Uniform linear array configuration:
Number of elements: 16
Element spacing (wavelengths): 0.25
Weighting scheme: cosine
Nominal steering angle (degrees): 45
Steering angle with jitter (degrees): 45.181
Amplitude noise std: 0.05
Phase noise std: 0.05

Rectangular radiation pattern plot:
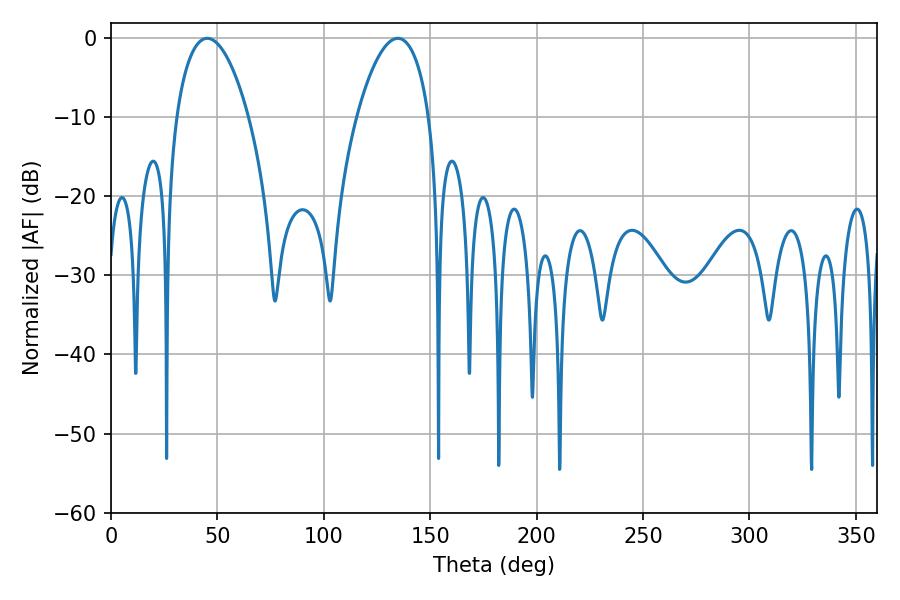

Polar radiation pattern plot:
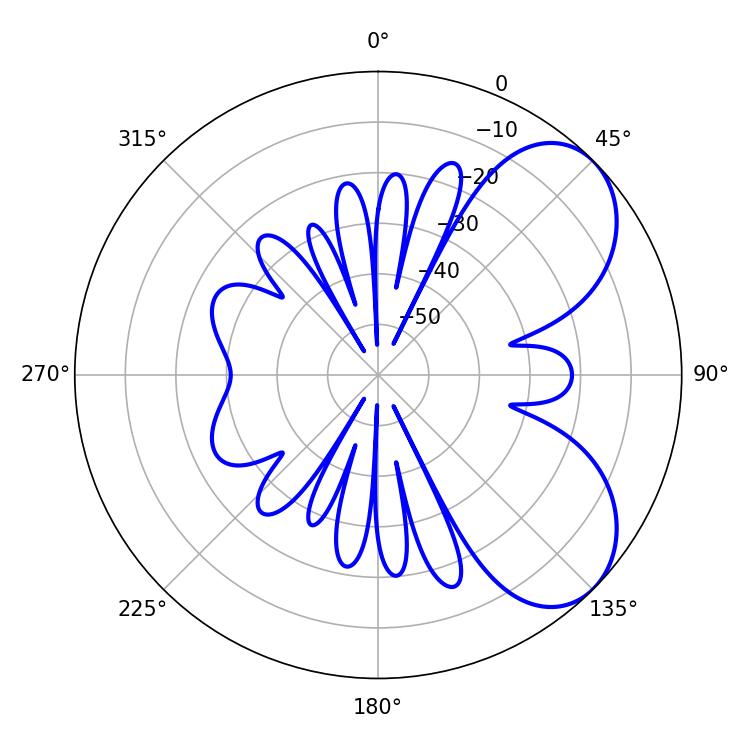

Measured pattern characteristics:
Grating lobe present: FALSE
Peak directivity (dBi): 5.971
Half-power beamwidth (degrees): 19.08
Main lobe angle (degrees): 45.18